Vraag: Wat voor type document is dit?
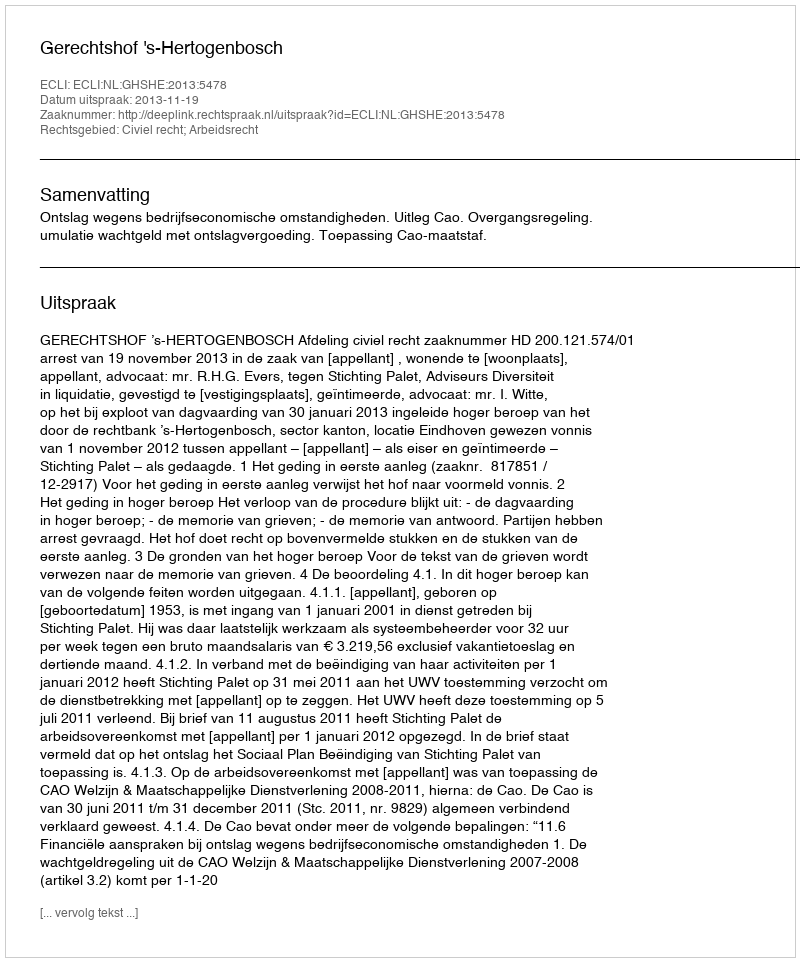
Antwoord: Uitspraak